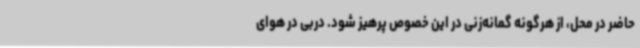
حاضر در محل، از هرگونه گمانه‌زنی در این خصوص پرهیز شود. دربی در هوای